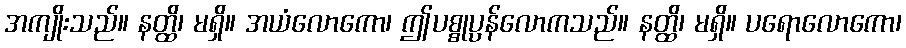
အကျိုးသည်။ နတ္ထိ၊ မရှိ။ အယံလောကော၊ ဤပစ္စုပ္ပန်လောကသည်။ နတ္ထိ၊ မရှိ။ ပရောလောကော၊